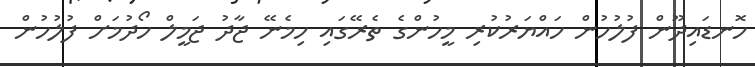
ހޮނޑައިދޫން ފުލުހުން ހައްޔަރުކުރި މީހުންގެ ތެރޭގައި ހިމެނޭ ޖާދު ޖަމީލް ހޯދުމަށް ފުލުހުން